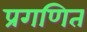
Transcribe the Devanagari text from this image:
प्रगणित